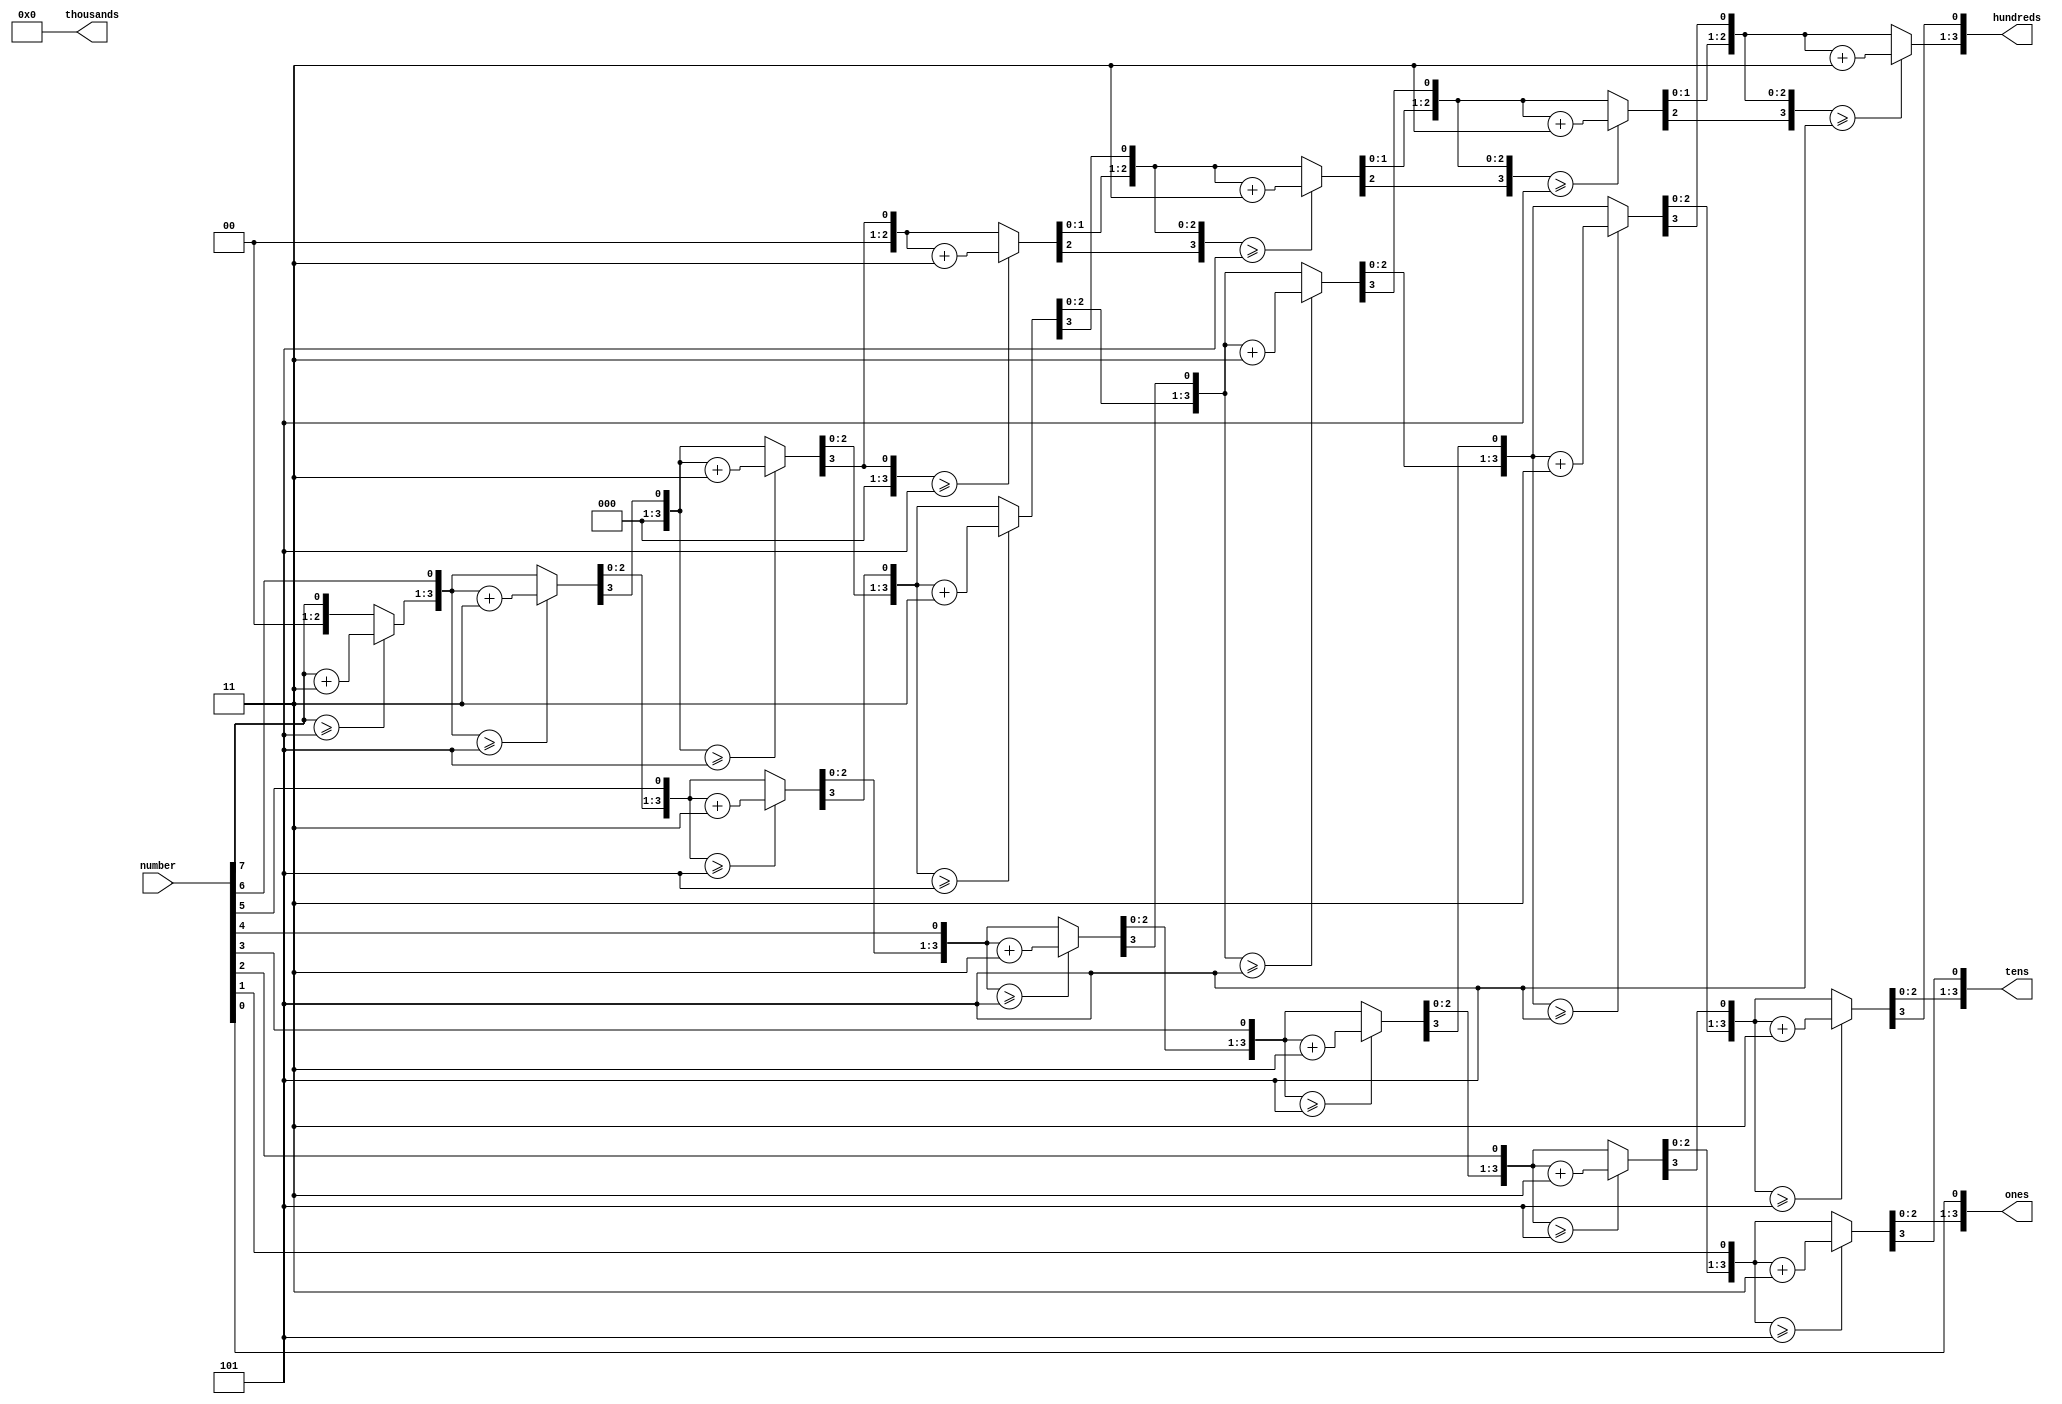
`timescale 1ns / 1ps


module bin2bcd(
    input [7:0] number,
    output reg[3:0] ones,
    output reg[3:0] tens,
    output reg[3:0] hundreds,
    output reg[3:0] thousands
    );
    reg [19:0]shift=0;
    integer i;
        
always@(number)
begin
    shift[19:8]=0;
    shift[7:0]=number;
    for(i=0;i<8;i=i+1)
    begin
        //check ones
        if(shift[11:8]>=5)
            shift[11:8]=shift[11:8]+3;
        //check tens
        if(shift[15:12]>=5)
            shift[15:12]=shift[15:12]+3;
        //check hundreds
        if(shift[19:16]>=5)
            shift[19:16]=shift[19:16]+3;
        
        shift=shift<<1;
    end
    thousands=4'b0000;
    hundreds= shift[19:16];
    tens=shift[15:12];
    ones=shift[11:8];    
end
    
endmodule